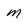
Character: m